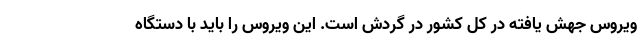
ویروس جهش یافته در کل کشور در گردش است. این ویروس را باید با دستگاه